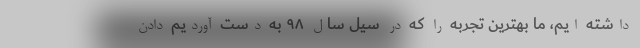
داشته ایم، ما بهترین تجربه را که در سیل سال ۹۸ به دست آوردیم دادن